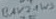
Text: BAV24WS